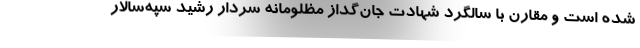
شده است و مقارن با سالگرد شهادت جان‌گداز مظلومانه سردار رشید سپه‌سالار